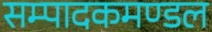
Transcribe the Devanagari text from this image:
सम्पादकमण्डल